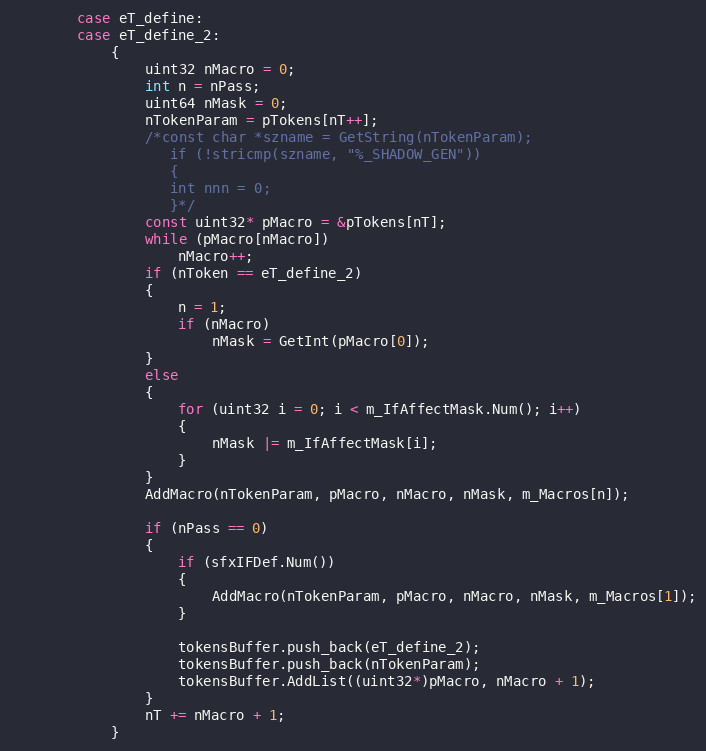
Language: C++
		case eT_define:
		case eT_define_2:
			{
				uint32 nMacro = 0;
				int n = nPass;
				uint64 nMask = 0;
				nTokenParam = pTokens[nT++];
				/*const char *szname = GetString(nTokenParam);
				   if (!stricmp(szname, "%_SHADOW_GEN"))
				   {
				   int nnn = 0;
				   }*/
				const uint32* pMacro = &pTokens[nT];
				while (pMacro[nMacro])
					nMacro++;
				if (nToken == eT_define_2)
				{
					n = 1;
					if (nMacro)
						nMask = GetInt(pMacro[0]);
				}
				else
				{
					for (uint32 i = 0; i < m_IfAffectMask.Num(); i++)
					{
						nMask |= m_IfAffectMask[i];
					}
				}
				AddMacro(nTokenParam, pMacro, nMacro, nMask, m_Macros[n]);

				if (nPass == 0)
				{
					if (sfxIFDef.Num())
					{
						AddMacro(nTokenParam, pMacro, nMacro, nMask, m_Macros[1]);
					}

					tokensBuffer.push_back(eT_define_2);
					tokensBuffer.push_back(nTokenParam);
					tokensBuffer.AddList((uint32*)pMacro, nMacro + 1);
				}
				nT += nMacro + 1;
			}